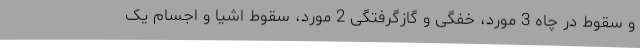
و سقوط در چاه 3 مورد، خفگی و گازگرفتگی 2 مورد، سقوط اشیا و اجسام یک